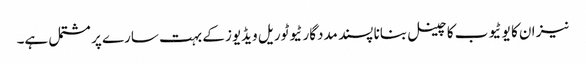
نیز ان کا یو ٹیوب کا چینل بنانا پسند مددگار ٹیوٹوریل ویڈیوز کے بہت سارے پر مشتمل ہے۔